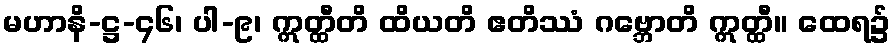
မဟာနိ-ဋ္ဌ-၄၆၊ ပါ-၉၊ ဣတ္ထီတိ ထိယတိ ဧတိဿံ ဂဗ္ဘောတိ ဣတ္ထီ။ ထေရ၌